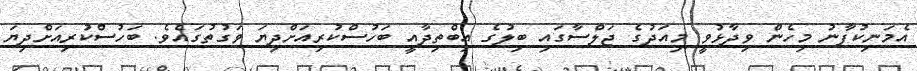
އެމަނިކުފާނު މިހެން ވިދާޅުވީ މިއަދުގެ ޖަލްސާގައި ބިލުގެ އިބްތިދާއީ ބަހުސްކުރިއަށްދިޔަ ވަގުތުގައެވެ. ބަހުސްކުރިއަށްދިޔަ